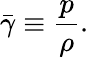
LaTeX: \bar{\gamma}\equiv\frac{p}{\rho}.